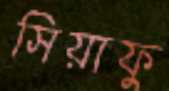
সিয়াফু